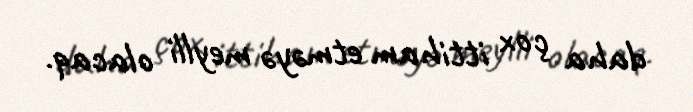
daha çox ittiham etməyə meylli olacaq.